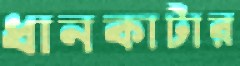
ধানকাটার